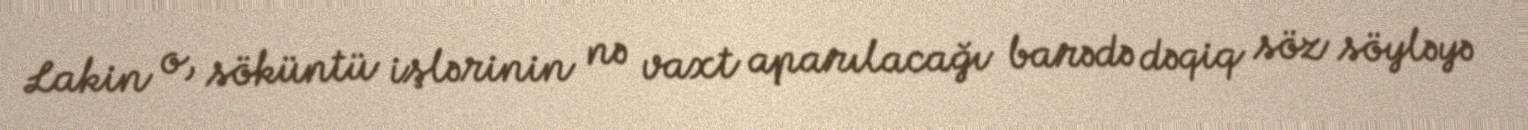
Lakin o, söküntü işlərinin nə vaxt aparılacağı barədə dəqiq söz söyləyə